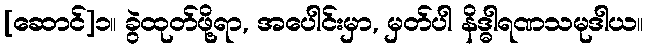
[ဆောင်]၁။ ခွဲထုတ်ဖို့ရာ, အပေါင်းမှာ, မှတ်ပါ နိဒ္ဓါရဏသမုဒါယ။